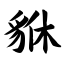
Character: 貅